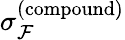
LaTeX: \sigma_{\mathcal{F}}^{(\mathrm{compound})}